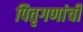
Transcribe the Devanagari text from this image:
पितृगणांची